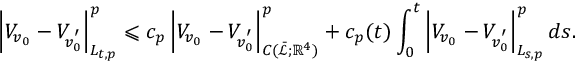
\left| V _ { v _ { 0 } } - V _ { v _ { 0 } ^ { ' } } \right| _ { L _ { t , p } } ^ { p } \leqslant c _ { p } \left| V _ { v _ { 0 } } - V _ { v _ { 0 } ^ { ' } } \right| _ { C ( \mathcal { \bar { L } } ; \mathbb { R } ^ { 4 } ) } ^ { p } + c _ { p } ( t ) \int _ { 0 } ^ { t } \left| V _ { v _ { 0 } } - V _ { v _ { 0 } ^ { ' } } \right| _ { L _ { s , p } } ^ { p } d s .